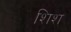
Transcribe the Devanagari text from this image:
शिश